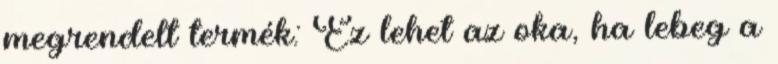
megrendelt termék: Ez lehet az oka, ha lebeg a